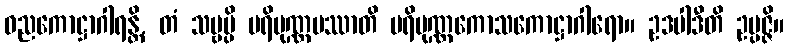
ဓညကောဋ္ဌာဂါရန္တိ, တံ သဗ္ဗမ္ပိ ပရိပုဏ္ဏမဿာတိ ပရိပုဏ္ဏကောသကောဋ္ဌာဂါရော။ ဥဒပါဒီတိ ဥပ္ပဇ္ဇိ။